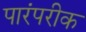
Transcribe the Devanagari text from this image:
पारंपरीक